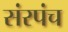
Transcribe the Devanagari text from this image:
संरपंच